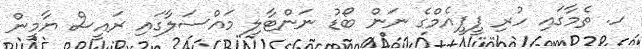
ހ. ތެމާގައި ހުރި ޕީޕީއެމްގެ ނަން ބޯޑު ނަންޓާލި މައްސަލާގައި ރައީސް ޔާމީން